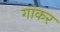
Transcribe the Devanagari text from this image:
गांकर